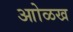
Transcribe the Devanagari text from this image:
आोळख